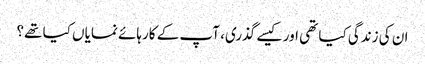
ان کی زندگی کیا تھی اور کیسے گذری، آپ کے کارہائے نمایاں کیا تھے؟